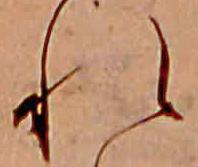
れ